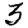
Digit: 3